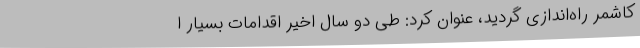
کاشمر راه‌اندازی گردید، عنوان کرد: طی دو سال اخیر اقدامات بسیار ا